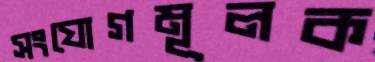
সংযোগমূলক